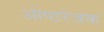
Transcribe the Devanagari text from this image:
ओष्ठरंजक